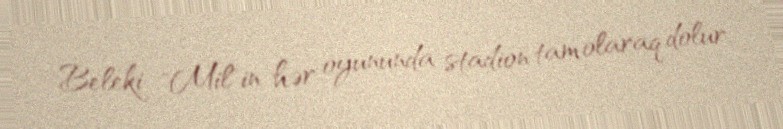
Beleki "Mil"in hər oyununda stadion tam olaraq dolur.